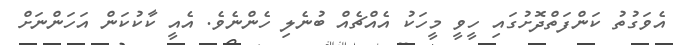
އެވަގުތު ކަންފަތްދޮށުގައި ހީވީ މީހަކު އެއްޗެއް ބުނެލި ހެންނެވެ. އެއީ ކާކުކަން އަހަންނަށް